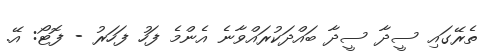
ތެރޭގައި ސީދާ ސީދާ ބައްދަކުރައްވާނެ އެންމެ ފަހު ފަހަރު - ފޮޓޯ: އޭ.